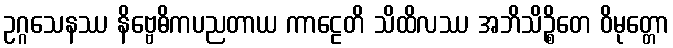
ဥဂ္ဂသေနဿ နိဗ္ဗေဓိကပညတာယ ကာဠေတိ သိထိလဿ အဘိသိဉ္စိတေ ဝိမုတ္တော